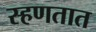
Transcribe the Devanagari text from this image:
स्हणतात